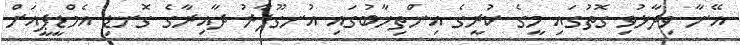
އޭނާ ވިދާޅުވި ގޮތުގައި މީގެ ކުރީގެ އިންތިހާބުގައި އުނގޫފާރު ދާއިރާގެ ގޮނޑި އެމްޑީޕީއަށް